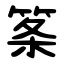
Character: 筿